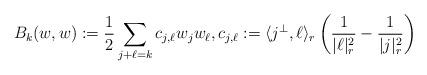
LaTeX: \begin{align*}B_k(w,w) := \frac{1}{2}\sum_{j+\ell=k} c_{j,\ell} w_j w_\ell,c_{j,\ell} := \langle j^\perp,\ell\rangle_r\left(\frac{1}{|\ell|^2_r} - \frac{1}{|j|^2_r}\right)\end{align*}